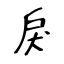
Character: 戾